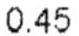
0.45